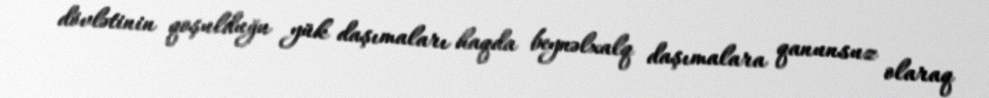
dövlətinin qoşulduğu yük daşımaları haqda beynəlxalq daşımalara qanunsuz olaraq